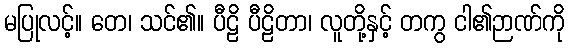
မပြုလင့်။ တေ၊ သင်၏။ ပီဠိ ပီဠိတာ၊ လူတို့နှင့် တကွ ငါ၏ဉာဏ်ကို